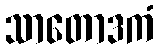
သာတောဒကံ